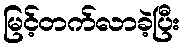
မြင့်တက်လာခဲ့ပြီး